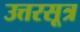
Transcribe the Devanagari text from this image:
उत्तरसूत्र